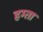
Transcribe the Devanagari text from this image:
हम्ता